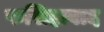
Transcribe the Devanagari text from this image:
फसिहाबाद